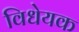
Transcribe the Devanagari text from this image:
विधेयक